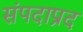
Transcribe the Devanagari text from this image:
संपदाप्रद